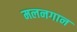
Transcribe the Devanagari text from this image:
मलनगान